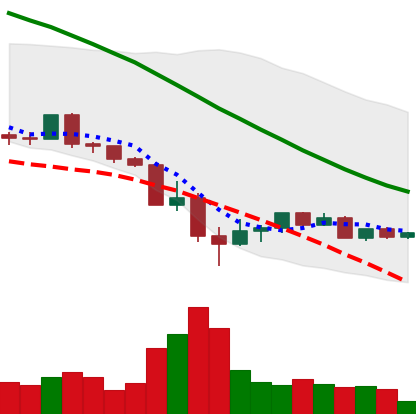
Ticker: LINK-USD
Chart end date: 2022-05-21
Forward return: -6.375%
Label: down_5_7